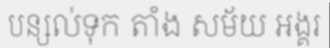
បន្សល់ទុក តាំង សម័យ អង្គរ